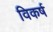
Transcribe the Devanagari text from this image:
विकर्ष